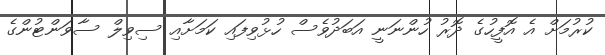
ކުރުމަށް އެ އޮފީހުގެ ދޮރު ހުންނަނީ އަބަދުވެސް ހުޅުވިފައި ކަމަށާއި ސިވިލް ސާވަންޓުންގެ